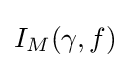
\displaystyle I_{M}(\gamma ,f)